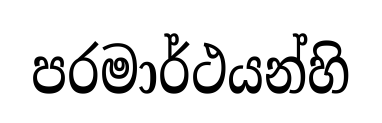
පරමාර්ථයන්හි